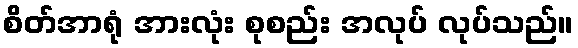
စိတ်အာရုံ အားလုံး စုစည်း အလုပ် လုပ်သည်။